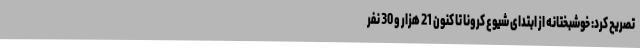
تصریح کرد: خوشبختانه از ابتدای شیوع کرونا تا کنون 21 هزار و 30 نفر